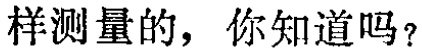
样测量的，你知道吗？